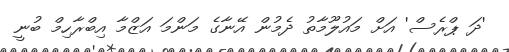
'ދަ ޕްރެސް' އަށް މައުލޫމާތު ދެމުން އޭނާގެ މަންމަ އަޒްމާ އިބްރާހިމް ބުނީ